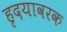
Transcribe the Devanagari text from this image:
हृदयावरक